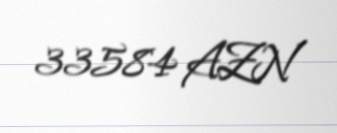
33584 AZN